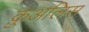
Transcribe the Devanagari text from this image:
क़ुअलिस